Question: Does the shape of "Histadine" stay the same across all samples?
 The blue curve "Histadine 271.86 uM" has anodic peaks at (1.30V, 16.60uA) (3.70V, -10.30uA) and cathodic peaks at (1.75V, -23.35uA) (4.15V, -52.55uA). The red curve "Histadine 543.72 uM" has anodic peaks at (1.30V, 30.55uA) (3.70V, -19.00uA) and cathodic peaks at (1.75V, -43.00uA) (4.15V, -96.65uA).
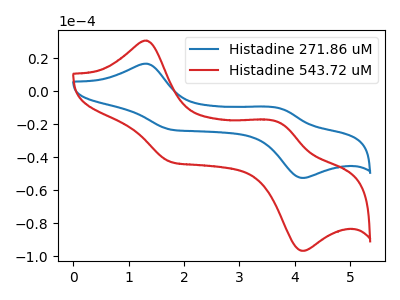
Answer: <think>All the peaks in "Histadine 271.86 uM" have a peak in "Histadine 543.72 uM" at the same potential.
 </think>
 <answer>All the CV's of "Histadine" have similar shape.</answer>
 <eval>follow_rule</eval>